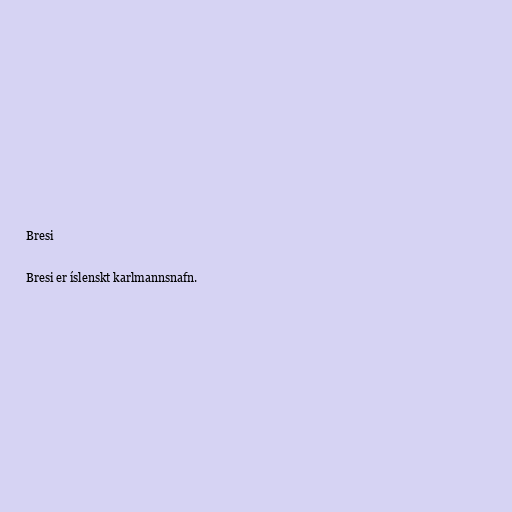
Bresi

Bresi er íslenskt karlmannsnafn.